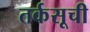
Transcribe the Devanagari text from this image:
तर्कसूची